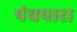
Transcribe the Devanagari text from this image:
पंचपारा